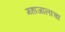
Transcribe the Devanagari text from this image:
महाजालाचा